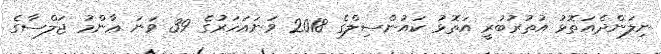
ނިލަންދެއަތޮޅު އުތުރުބުރީ އަތޮޅު ކައުންސިލްގެ 2018 ވަނައަހަރުގެ 39 ވަނަ ޢާންމު ޖަލްސާގެ